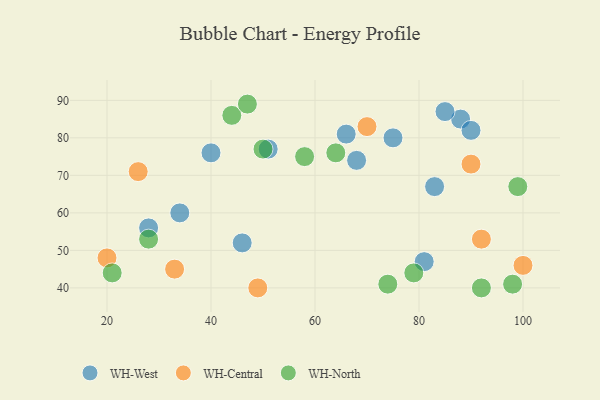
{"axis": {"x": "GDP", "y": "Life Expectancy"}, "legend": ["WH-Central", "WH-North", "WH-West"], "data": [{"x": "88", "y": 85, "type": "WH-West"}, {"x": "85", "y": 87, "type": "WH-West"}, {"x": "66", "y": 81, "type": "WH-West"}, {"x": "75", "y": 80, "type": "WH-West"}, {"x": "51", "y": 77, "type": "WH-West"}, {"x": "83", "y": 67, "type": "WH-West"}, {"x": "40", "y": 76, "type": "WH-West"}, {"x": "68", "y": 74, "type": "WH-West"}, {"x": "81", "y": 47, "type": "WH-West"}, {"x": "90", "y": 82, "type": "WH-West"}, {"x": "34", "y": 60, "type": "WH-West"}, {"x": "46", "y": 52, "type": "WH-West"}, {"x": "28", "y": 56, "type": "WH-West"}, {"x": "90", "y": 73, "type": "WH-Central"}, {"x": "20", "y": 48, "type": "WH-Central"}, {"x": "33", "y": 45, "type": "WH-Central"}, {"x": "100", "y": 46, "type": "WH-Central"}, {"x": "92", "y": 53, "type": "WH-Central"}, {"x": "70", "y": 83, "type": "WH-Central"}, {"x": "49", "y": 40, "type": "WH-Central"}, {"x": "26", "y": 71, "type": "WH-Central"}, {"x": "98", "y": 41, "type": "WH-North"}, {"x": "44", "y": 86, "type": "WH-North"}, {"x": "50", "y": 77, "type": "WH-North"}, {"x": "64", "y": 76, "type": "WH-North"}, {"x": "58", "y": 75, "type": "WH-North"}, {"x": "47", "y": 89, "type": "WH-North"}, {"x": "99", "y": 67, "type": "WH-North"}, {"x": "74", "y": 41, "type": "WH-North"}, {"x": "21", "y": 44, "type": "WH-North"}, {"x": "28", "y": 53, "type": "WH-North"}, {"x": "79", "y": 44, "type": "WH-North"}, {"x": "92", "y": 40, "type": "WH-North"}]}